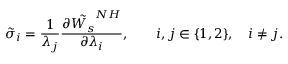
\tilde { \sigma } _ { i } = \frac { 1 } { \lambda _ { j } } \frac { \partial \tilde { W _ { s } } ^ { N H } } { \partial \lambda _ { i } } , \qquad i , j \in \{ 1 , 2 \} , \quad i \neq j .